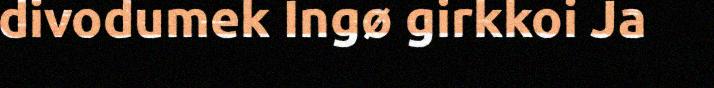
divodumek Ingø girkkoi Ja